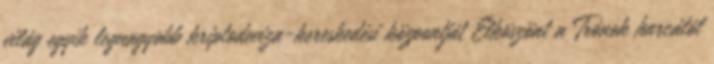
világ egyik legnagyobb kriptodeviza-kereskedési központját Elköszönt a Trónok harcától